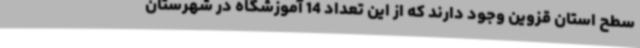
سطح استان قزوین وجود دارند که از این تعداد 14 آموزشگاه در شهرستان